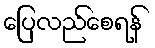
ပြေလည်စေရန်